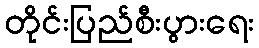
တိုင်းပြည်စီးပွားရေး